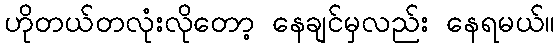
ဟိုတယ်တလုံးလိုတော့ နေချင်မှလည်း နေရမယ်။